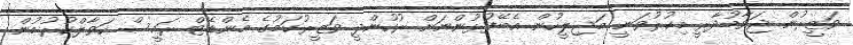
ވަޒީރުން ޖަވާބުދާރީ މިކުރުވަނީ މަޖިލީހުން އެބޭފުޅުންނަށް ރުހުންދީ ވަޒީރުކަމުގެ މެންޑޭޓް ރައީސް ހަވާލްކުރުމުން.